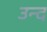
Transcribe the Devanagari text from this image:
उन्द